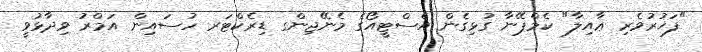
"ފަޚުރުވެރި ޢާއިލާ" ކެމްޕޭނާ ގުޅިގެން އެސްޓީއޯގެ މެނޭޖިންގ ޑިރެކްޓަރ ހުސައިން އަމްރު ވިދާޅުވީ